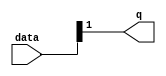
module  acl_fp_log_s5_double_altpriority_encoder_3v7
	( 
	data,
	q) ;
	input   [1:0]  data;
	output   [0:0]  q;
	assign
		q = {data[1]};
endmodule